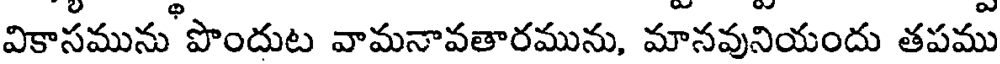
వికాసమును పొందుట వామనావతారమును, మానవునియందు తపము